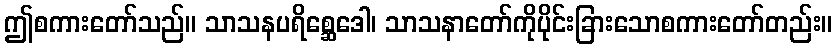
ဤစကားတော်သည်။ သာသနပရိစ္ဆေဒေါ၊ သာသနာတော်ကိုပိုင်းခြားသောစကားတော်တည်း။